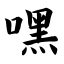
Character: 嘿